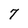
Character: 7